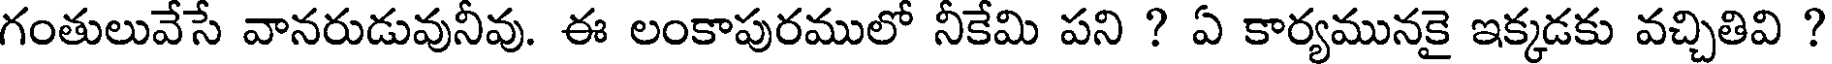
గంతులువేసే వానరుడువునీవు. ఈ లంకాపురములో నీకేమి పని ? ఏ కార్యమునకై ఇక్కడకు వచ్చితివి ?